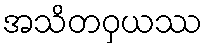
အသိတဝှယဿ